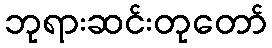
ဘုရားဆင်းတုတော်